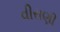
વીરાણી